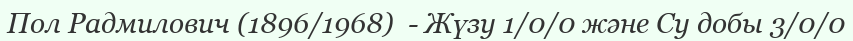
Пол Радмилович (1896/1968)  - Жүзу 1/0/0 және Су добы 3/0/0